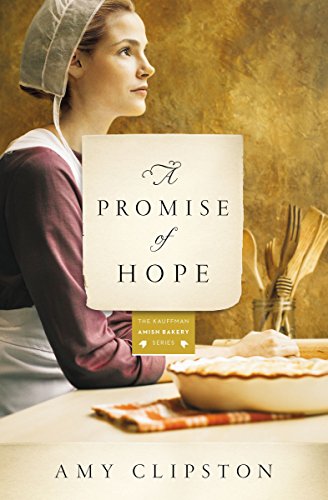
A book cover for A Promise of Hope: A Novel (Kauffman Amish Bakery Series); Amy Clipston; Romance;